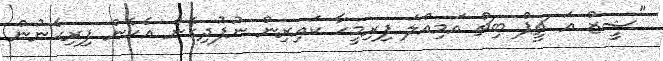
"ޝީޒް އަ ޗީޕް ބިޗް އަމިއްލަ ފިރިމީހާ ކައިރިން ނުފުދިގެން އެހެން ފިރިހެނުން